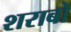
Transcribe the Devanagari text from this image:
शराबो